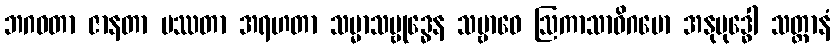
ဘဂဝတာ ဇာနတာ ပဿတာ အရဟတာ သမ္မာသမ္ဗုဒ္ဓေန သမ္ဗာဓေ ဩကာသာဓိဂမော အနုဗုဒ္ဓေါ သတ္တာနံ